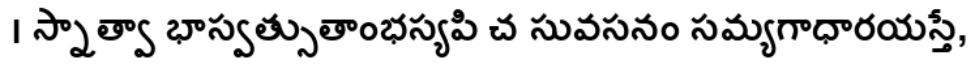
। స్నాత్వా భాస్వత్సుతాంభస్యపి చ సువసనం సమ్యగాధారయస్తే,